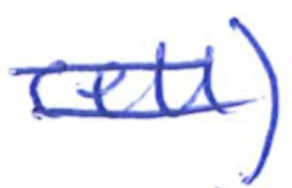
Text: cell)
Cross-out: double-line
Writing tool: ballpoint